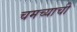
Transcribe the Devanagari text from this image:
चमच्याची